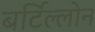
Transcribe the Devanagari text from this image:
बर्टिल्लोन